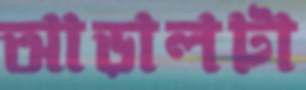
আড়ালটা